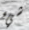
شيء